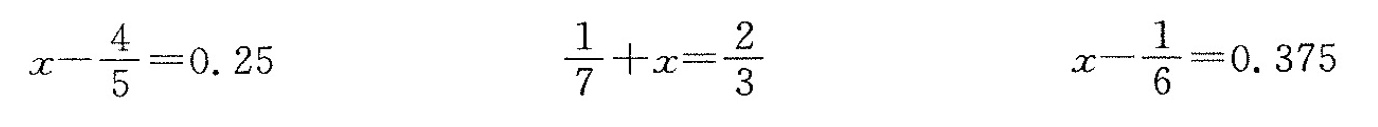
$$ x- \frac { 4 }{ 5 } = 0.25 $$ $$\frac{ 1 }{ 7 } + x = \frac{ 2 }{ 3 } $$ $$ x - \frac{ 1 }{ 6 } = 0.375 $$